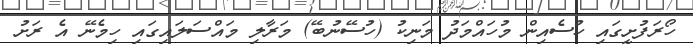
ހޯރަފުށީގައި ހުސެއިން މުހައްމަދު މަނިކު (ހުސޭނުބޭ) މަރާލި މައްސަލައިގައި ހިމެނޭ އެ ރަށު